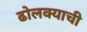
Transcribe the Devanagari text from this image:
ढोलक्याची